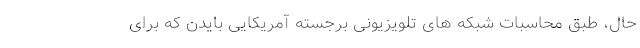
حال، طبق محاسبات شبکه های تلویزیونی برجسته آمریکایی بایدن که برای